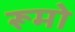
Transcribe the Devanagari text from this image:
रूमो